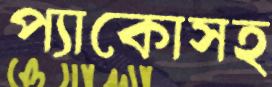
প্যাকোসহ